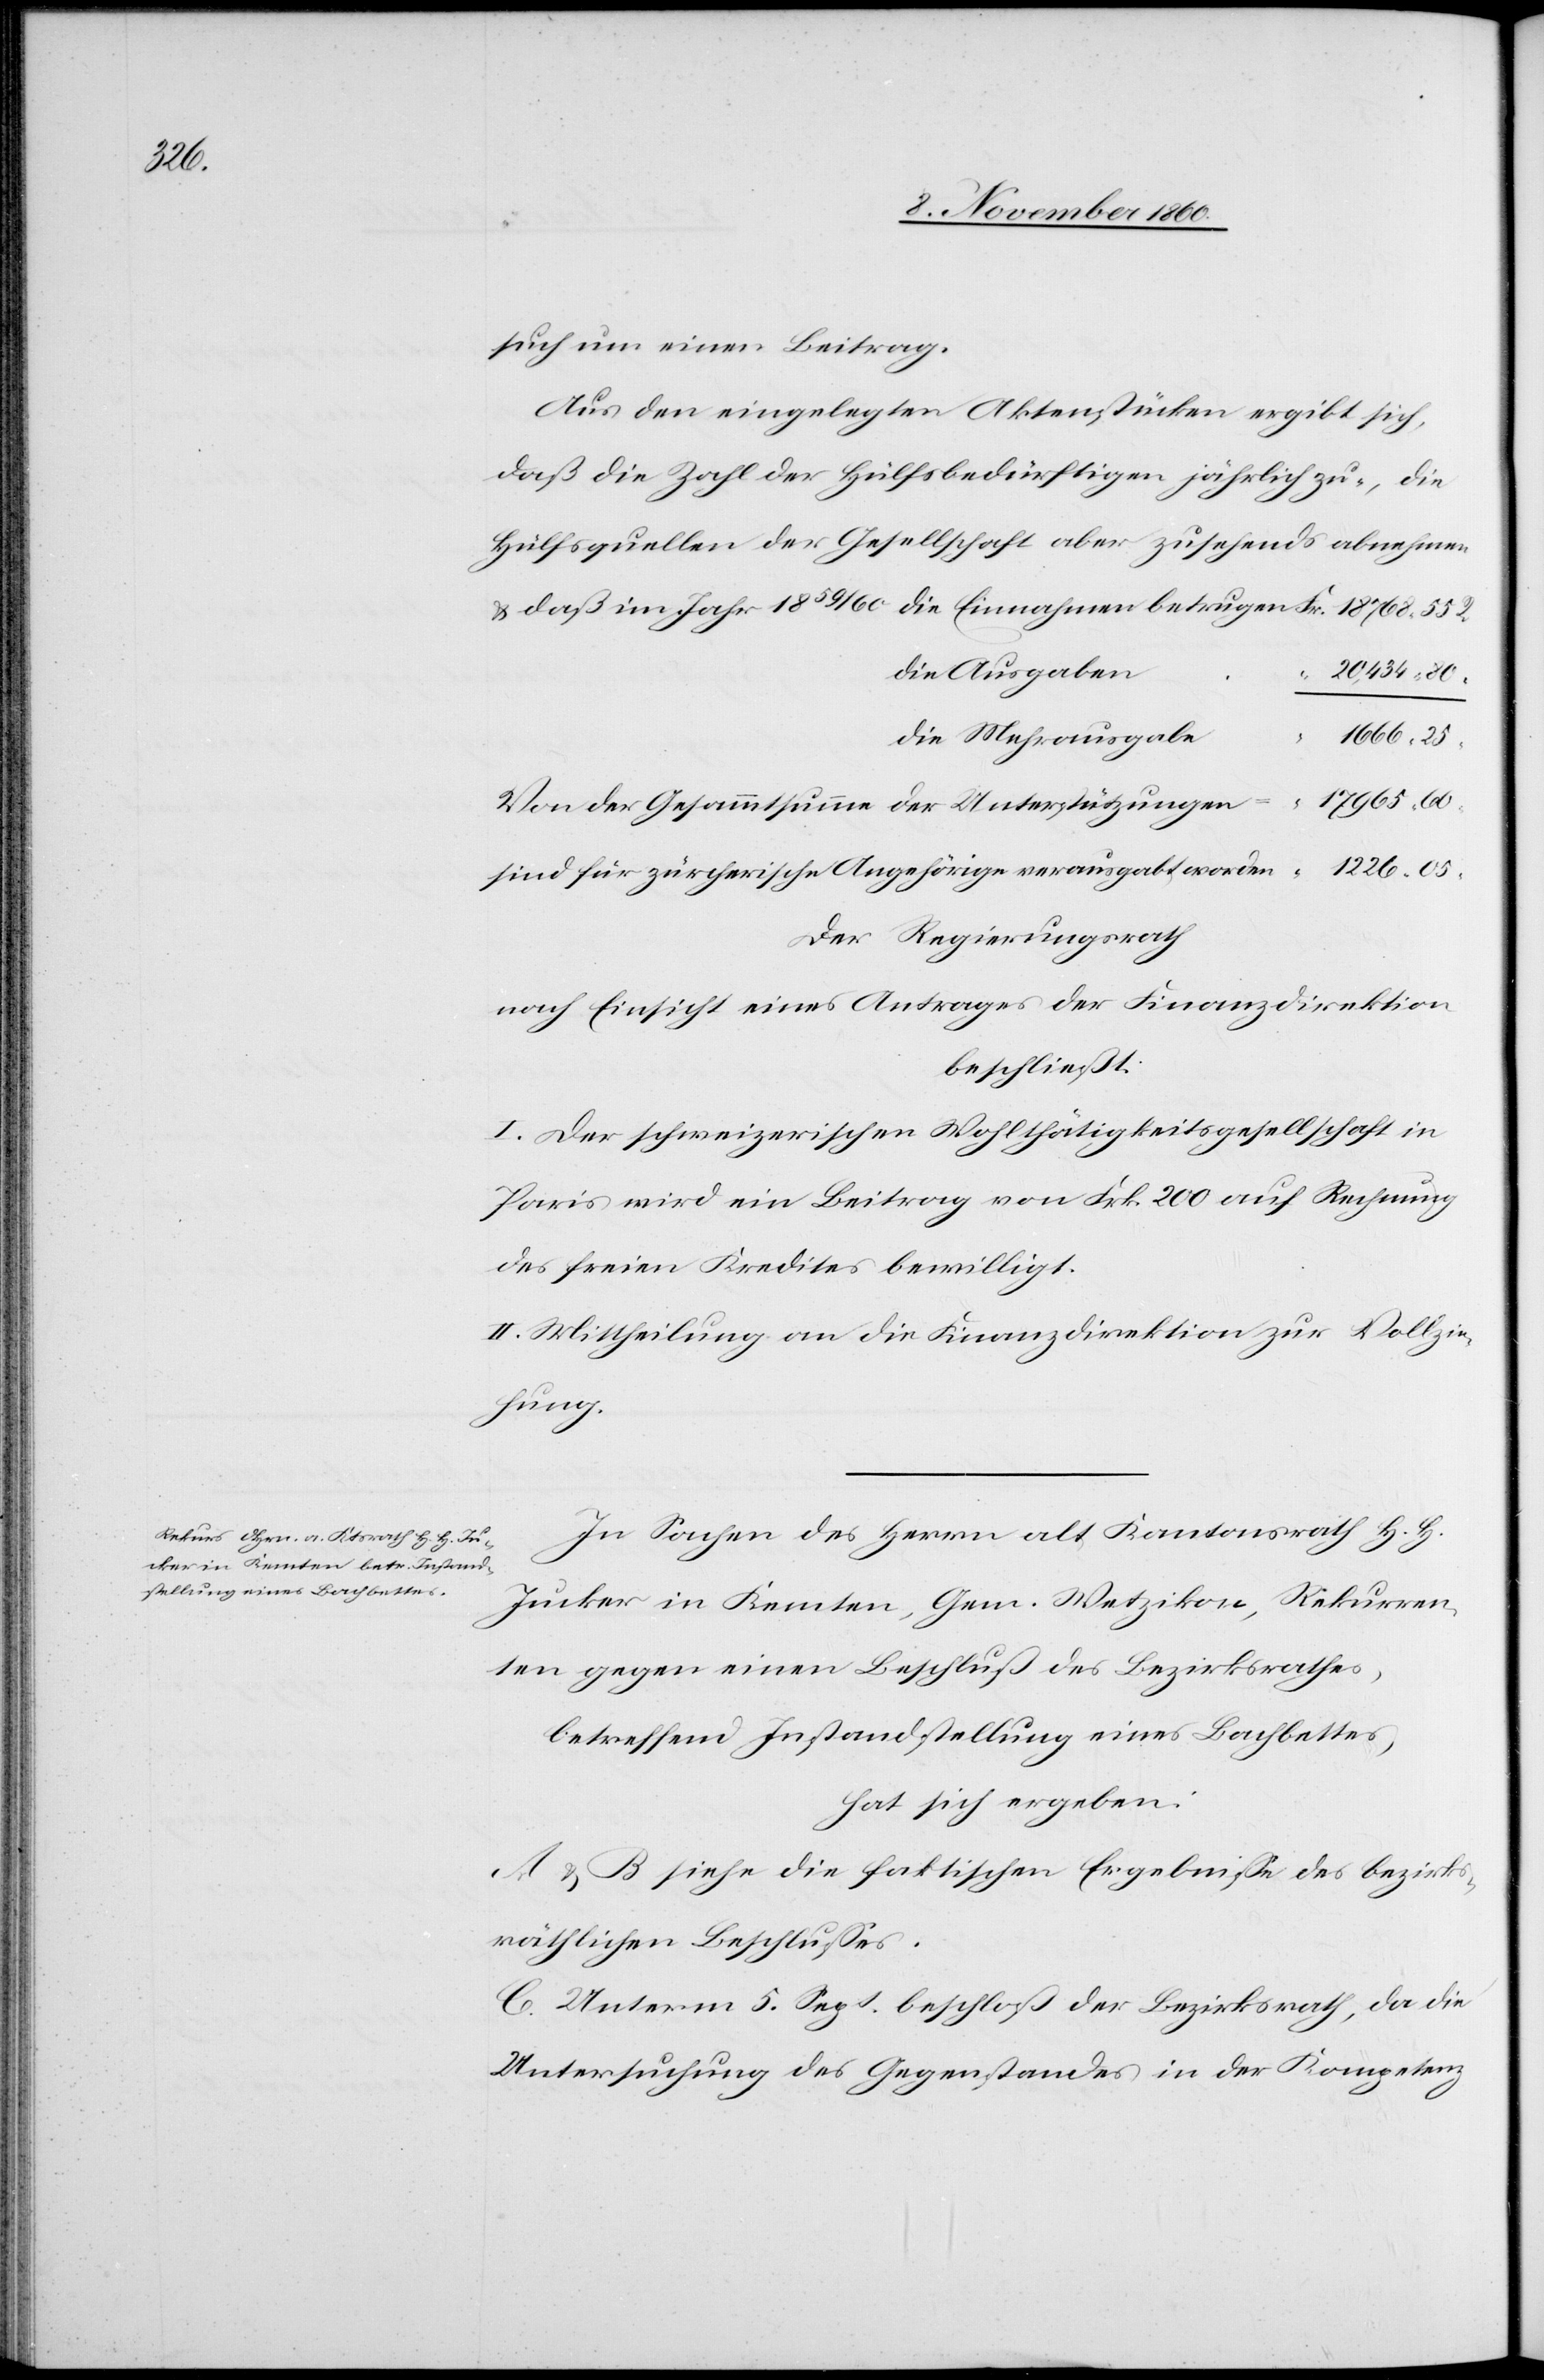
such um einen Beitrag.
Aus den eingelegten Aktenstücken ergibt sich,
daß die Zahl der Hülfsbedürftigen jährlich zu-, die
Hülfsquellen der Gesellschaft aber zusehends abnehmen
die Ausgaben
“
die Mehrausgaben
Von der Gesammtsumme der Unterstützungen
sind für zürcherische Angehörige verausgabt worden
Der Regierungsrath
nach Einsicht eines Antrages der Finanzdirektion
beschließt:
I. Der schweizerischen Wohlthätigkeitsgesellschaft in
Paris wird ein Beitrag von Frk. 200 auf Rechnung
des freien Kredites bewilligt.
II. Mittheilung an die Finanzdirektion zur Vollzie¬
hung.
In Sachen des Herrn alt Kantonsrath H. H.
Jucker in Kemten, Gem. Wetzikon, Rekurren¬
ten gegen eine Beschluß des Bezirksrathes,
betreffend Instandstellung eines Bachbettes,
hat sich ergeben:
A u. B siehe die faktischen Ergebnisse des bezirk¬
sräthlichen Beschlusses.
C. Unterm 5. Sept. beschloß der Bezirksrath, da die
Untersuchung des Gegenstandes in der Kompetenz